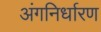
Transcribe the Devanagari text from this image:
अंगनिर्धारण